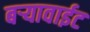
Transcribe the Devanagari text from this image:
बर्‍यावाईट